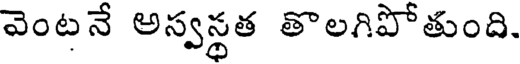
వెంటనే అస్వస్థత తొలగిపోతుంది.